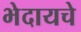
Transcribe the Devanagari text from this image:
भेदायचे